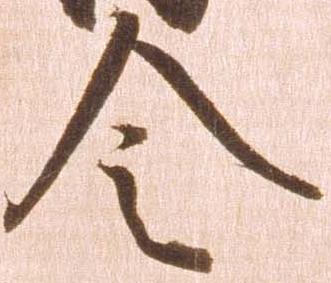
令